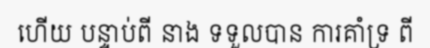
ហើយ បន្ទាប់ពី នាង ទទួលបាន ការគាំទ្រ ពី